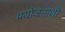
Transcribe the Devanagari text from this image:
प्रयोजनांशी